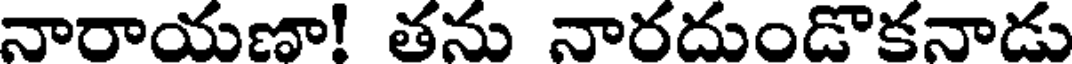
నారాయణా! తను నారదుండొకనాడు